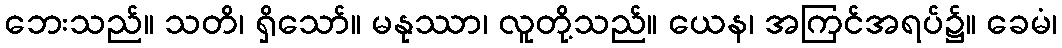
ဘေးသည်။ သတိ၊ ရှိသော်။ မနုဿာ၊ လူတို့သည်။ ယေန၊ အကြင်အရပ်၌။ ခေမံ၊